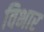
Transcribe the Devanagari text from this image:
विभार